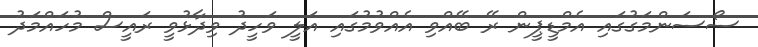
ސޯސަންމަގުގައި އެމްޑީޕީން ރޭ ބޭއްވި އެއްވުމުގައި އަލީ ވަހީދު ވިދާޅުވީ ރައީސް މުހައްމަދު